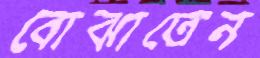
বোঝাতেন